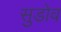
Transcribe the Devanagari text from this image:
सुडोव